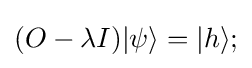
(O-\lambda I)|\psi \rangle =|h\rangle ;